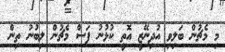
މި މެޗުން ބަލިވި އުދިނޭޒީ އޮތީ ކުޅުނު ފަސް މެޗުން ލިބުނު ތިން